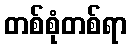
တစ်စုံတစ်ရာ